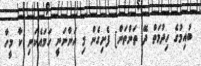
ބުއިމުގެ ހިދުމަތް ދޭ ތަންތަން] ފެށިގެން މި އަންނަނީ ހަމައެކަނި ކާ މީހާ